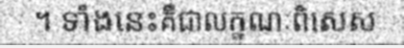
។ ទាំងនេះគឺជាលក្ខណៈពិសេស